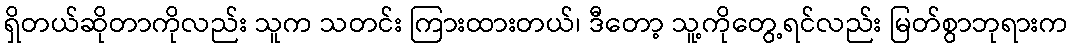
ရှိတယ်ဆိုတာကိုလည်း သူက သတင်း ကြားထားတယ်၊ ဒီတော့ သူ့ကိုတွေ့ရင်လည်း မြတ်စွာဘုရားက